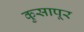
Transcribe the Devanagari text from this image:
कुसापूर